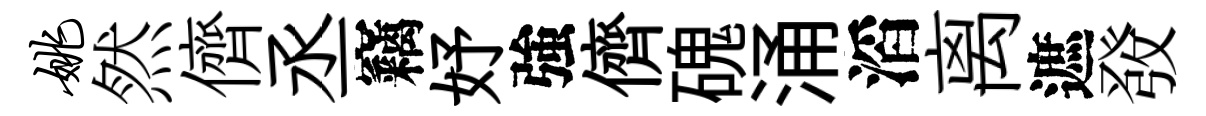
姚然儕丞竊妤強儕磈涌滔离遮𤼲